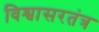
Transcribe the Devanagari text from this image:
विश्वासरतंत्र